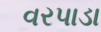
વરપાડા